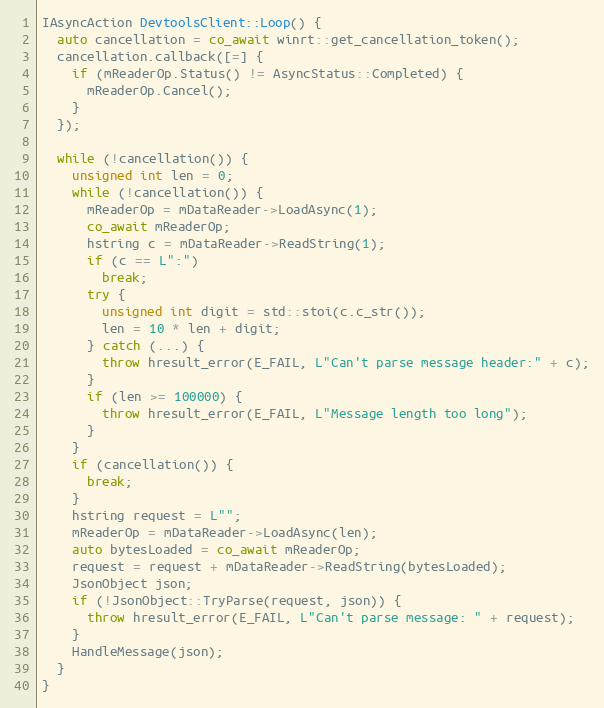
Language: C++
IAsyncAction DevtoolsClient::Loop() {
  auto cancellation = co_await winrt::get_cancellation_token();
  cancellation.callback([=] {
    if (mReaderOp.Status() != AsyncStatus::Completed) {
      mReaderOp.Cancel();
    }
  });

  while (!cancellation()) {
    unsigned int len = 0;
    while (!cancellation()) {
      mReaderOp = mDataReader->LoadAsync(1);
      co_await mReaderOp;
      hstring c = mDataReader->ReadString(1);
      if (c == L":")
        break;
      try {
        unsigned int digit = std::stoi(c.c_str());
        len = 10 * len + digit;
      } catch (...) {
        throw hresult_error(E_FAIL, L"Can't parse message header:" + c);
      }
      if (len >= 100000) {
        throw hresult_error(E_FAIL, L"Message length too long");
      }
    }
    if (cancellation()) {
      break;
    }
    hstring request = L"";
    mReaderOp = mDataReader->LoadAsync(len);
    auto bytesLoaded = co_await mReaderOp;
    request = request + mDataReader->ReadString(bytesLoaded);
    JsonObject json;
    if (!JsonObject::TryParse(request, json)) {
      throw hresult_error(E_FAIL, L"Can't parse message: " + request);
    }
    HandleMessage(json);
  }
}